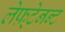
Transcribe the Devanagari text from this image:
लेफ़्टेनन्ट